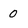
Character: 0